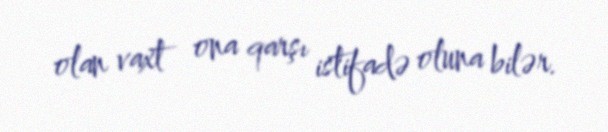
olan vaxt ona qarşı istifadə oluna bilər.